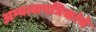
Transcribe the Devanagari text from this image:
अभ्यासपत्रिकांचे